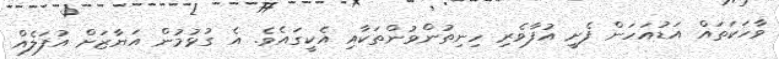
ވާހަކަތައް އަޑުއަހަން ފެށީ އުފާވެރި ހިނިތުންވުންތަކާއި އެކީގައެވެ. އެ ގުޅުމުން އަޔާޒަށް އުފަލެއް